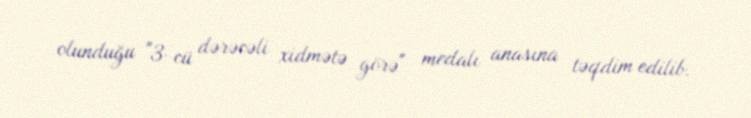
olunduğu "3-cü dərəcəli xidmətə görə" medalı anasına təqdim edilib.